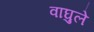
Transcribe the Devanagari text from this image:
वाघुले